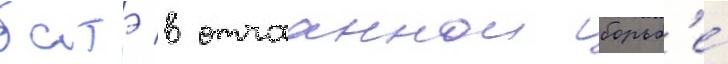
батэ в отчааннои борьб'е́